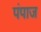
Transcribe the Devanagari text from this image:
पंपाज